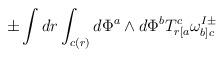
LaTeX: \begin{align*}\pm\int dr \int_{c(r)} d\Phi^a\wedge d\Phi^b T^c_{r[a}\omega^{I\pm}_{b]c}\end{align*}